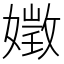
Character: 嬍